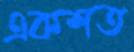
একশত